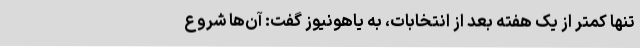
تنها کمتر از یک هفته بعد از انتخابات، به یاهونیوز گفت: آن‌ها شروع